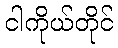
ငါကိုယ်တိုင်